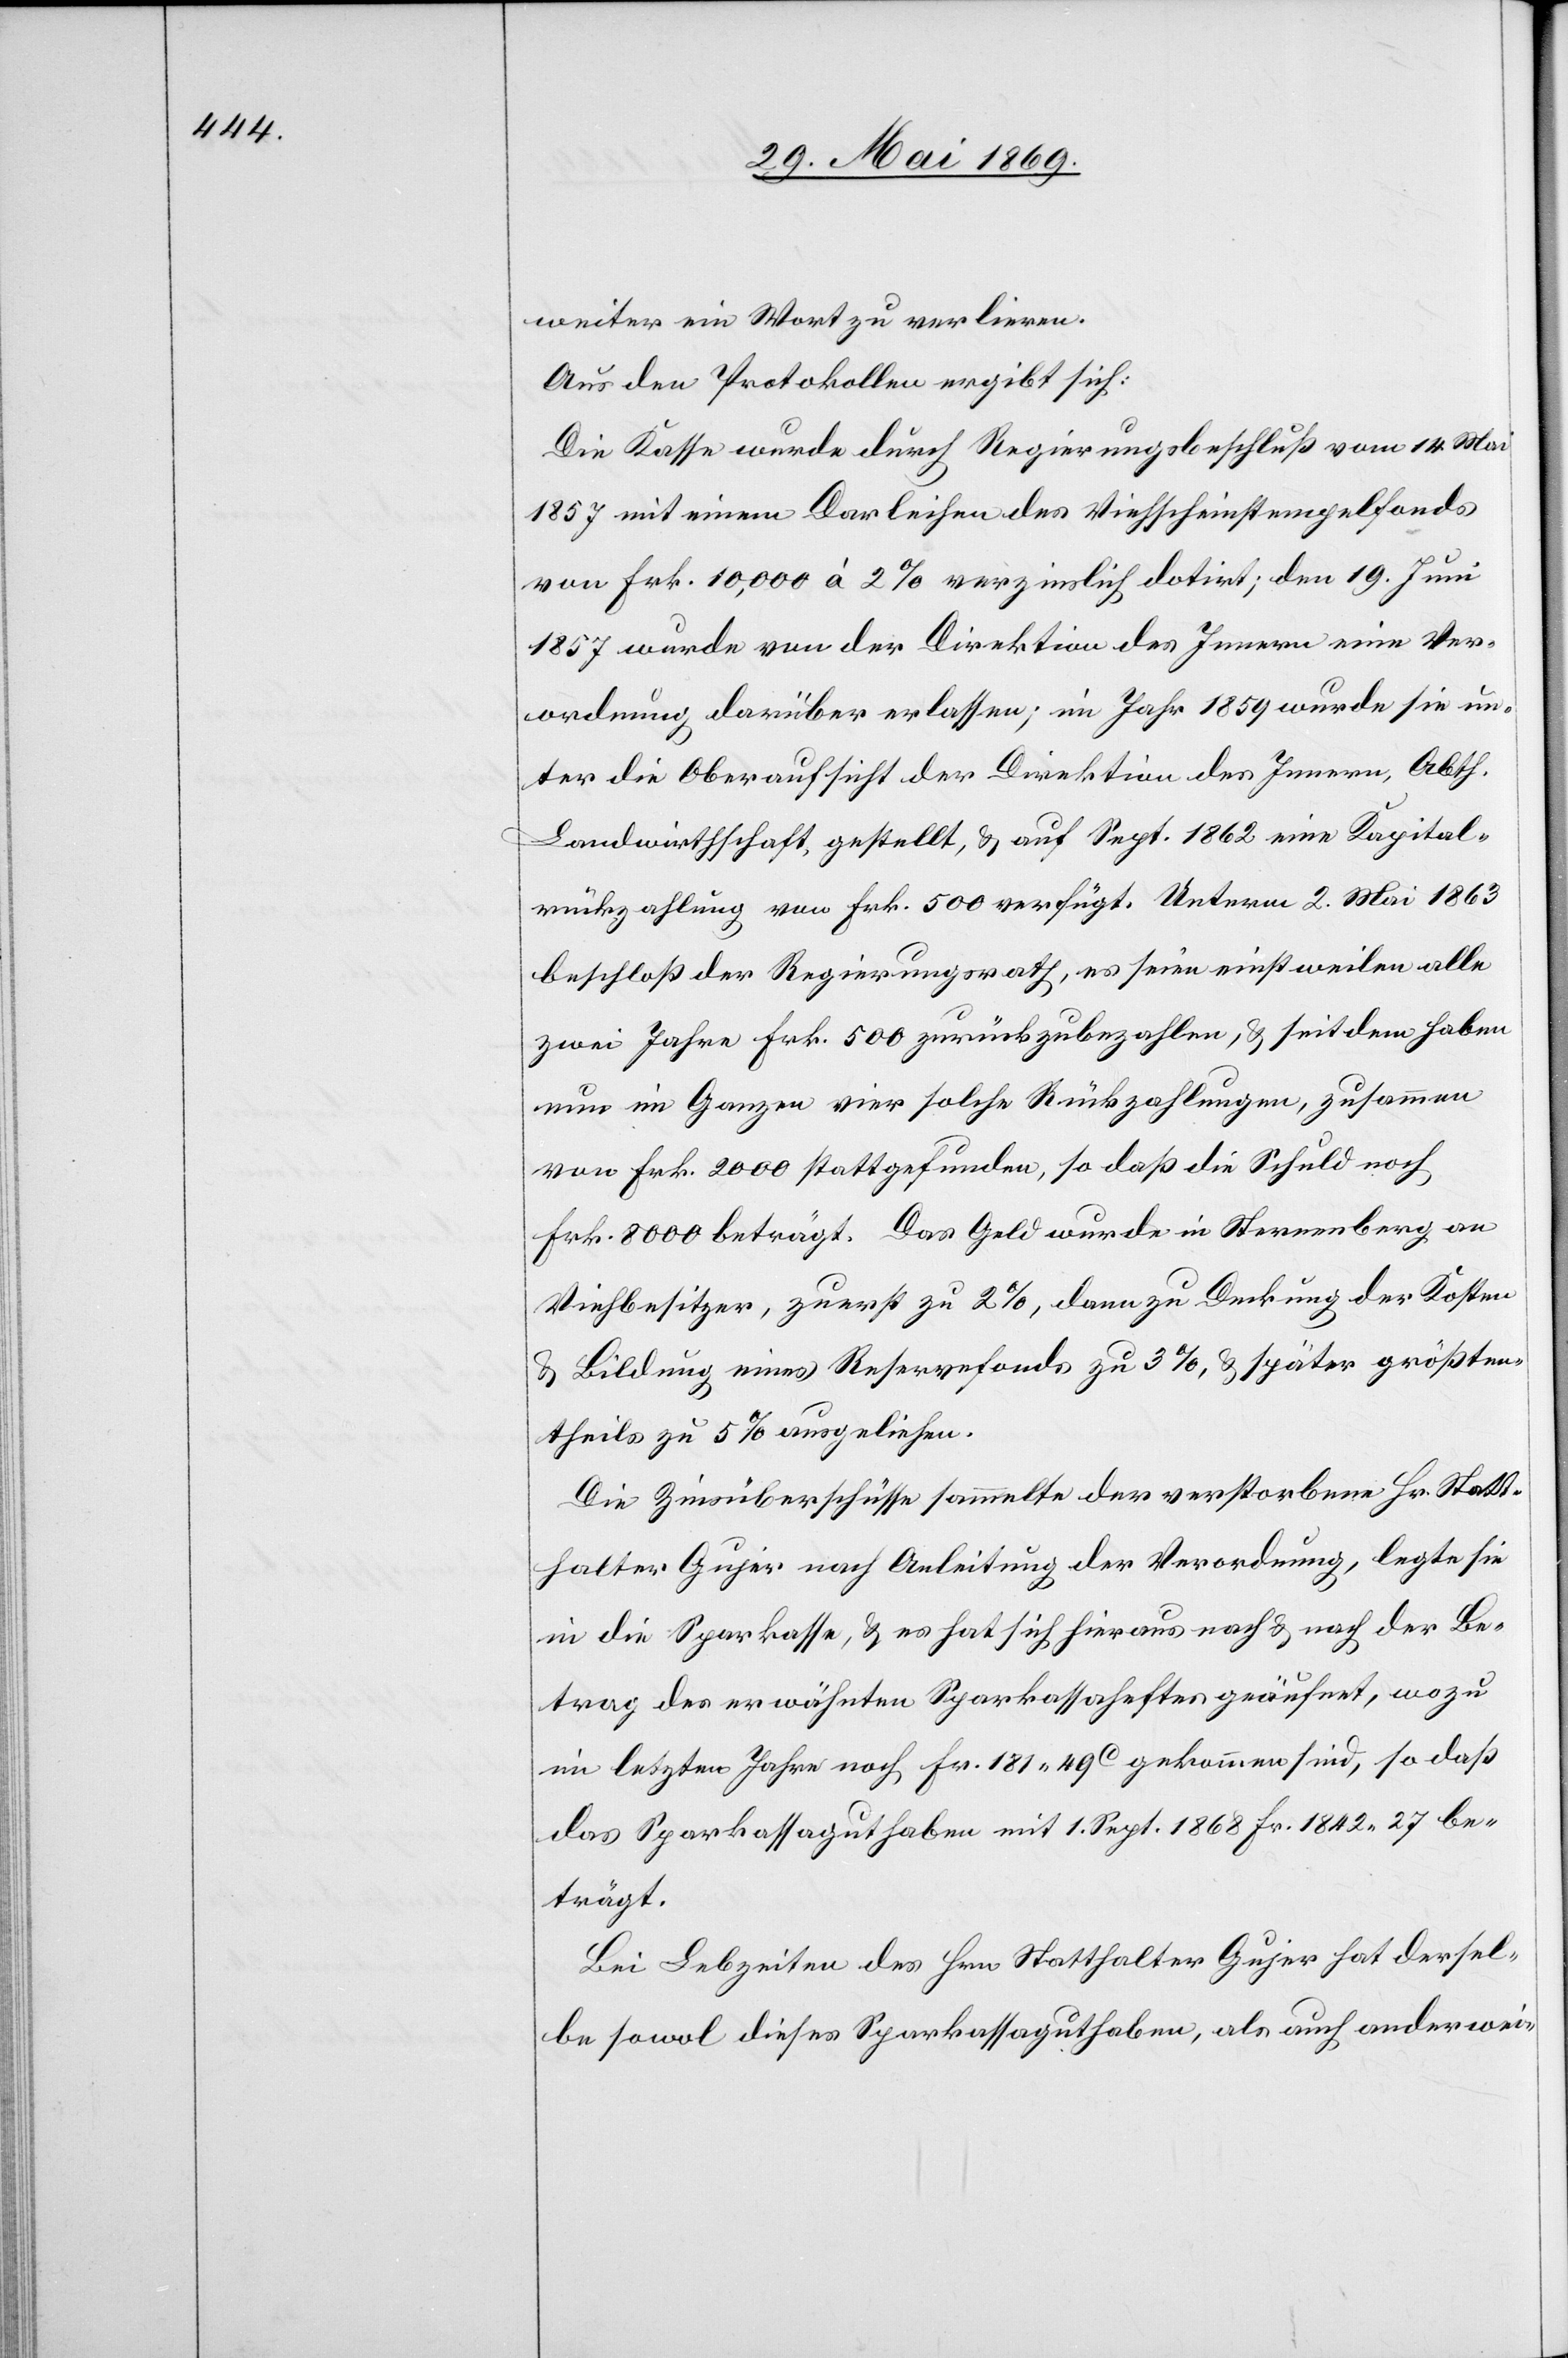
weiter ein Wort zu verlieren.
Aus den Protokollen ergibt sich:
Die Kasse wurde durch Regierungsbeschluß vom 14 Mai
1857 mit einem Darleihen des Viehscheinstempelfonds
von Frk. 10,000 à 2% verzinslich datirt; den 19 Juni
1857 wurde von der Direktion des Innern eine Ver¬
ordnung darüber erlassen; im Jahr 1859 wurde sie un¬
ter die Oberaufsicht der Direktion des Innern, Abth.
Landwirthschaft gestellt, u. auf Sept. 1862 eine Kapital¬
rückzahlung von Frk. 500 verfügt. Unterm 2 Mai 1863
beschloß der Regierungsrath, es seien einstweilen alle
zwei Jahre Frk. 500 zurückzubezahlen, u. seitdem haben
nun im Ganzen vier solche Rückzahlungen, zusammen
von Frk. 2000 stattgefunden, so daß die Schuld noch
Frk. 8000 beträgt. Das Geld wurde in Sternenberg an
Viehbesitzer, zuerst zu 2%, dann zu Deckung der Kosten
u. Bildung eines Reservefonds zu 3%, u. später größten¬
theils zu 5% ausgeliehen.
Die Zinsüberschüsse sammelte der verstorbene Hr. Statt¬
halter Gujer nach Anleitung der Verordnung, legte sie
in die Sparkasse, u. es hat sich hieraus nach u. nach der Be¬
trag des erwähnten Sparkassaheftes geäufnet, wozu
im letzten Jahre noch Fr. 181.49c gekommen sind, so daß
das Sparkassaguthaben mit 1 Sept. 1868 Fr. 1842.27 be¬
trägt.
Bei Lebzeiten des Hrn. Statthalter Gujer hat dersel¬
be sowol dieses Sparkassaguthaben, als auch anderweit-